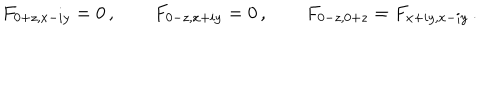
F _ { 0 + z , x - i y } = 0 \, , \qquad F _ { 0 - z , x + i y } = 0 \, , \qquad F _ { 0 - z , 0 + z } = F _ { x + i y , x - i y } \, .